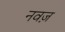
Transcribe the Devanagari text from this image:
नवज़